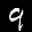
Label: 9